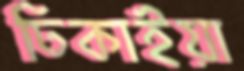
ঢিকাইয়া